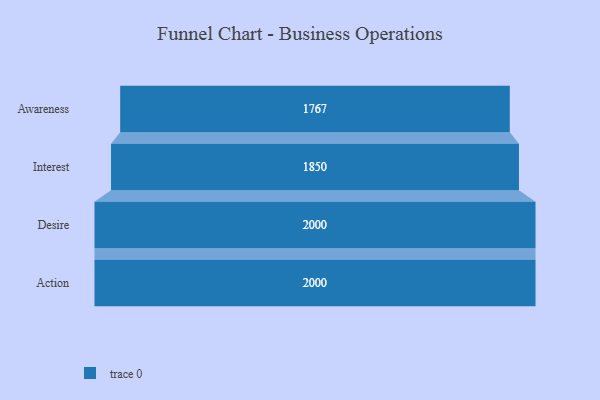
{"axis": {"x": "Stage", "y": "Value"}, "legend": [""], "data": [{"x": "Awareness", "y": 1767.0, "type": ""}, {"x": "Interest", "y": 1850.0, "type": ""}, {"x": "Desire", "y": 2000, "type": ""}, {"x": "Action", "y": 2000, "type": ""}]}